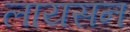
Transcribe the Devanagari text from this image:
लायसन